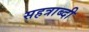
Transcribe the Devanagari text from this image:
सहत्राब्दी